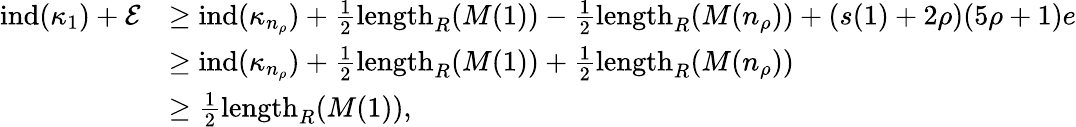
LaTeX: \begin{array}{rl}{\operatorname{ind}(\kappa_{1})+\mathcal{E}}&{\geq\operatorname{ind}(\kappa_{n_{\rho}})+\frac{1}{2}\mathrm{length}_{R}(M(1))-\frac{1}{2}\mathrm{length}_{R}(M(n_{\rho}))+(s(1)+2\rho)(5\rho+1)e}\\ &{\geq\operatorname{ind}(\kappa_{n_{\rho}})+\frac{1}{2}\mathrm{length}_{R}(M(1))+\frac{1}{2}\mathrm{length}_{R}(M(n_{\rho}))}\\ &{\geq\frac{1}{2}\mathrm{length}_{R}(M(1)),}\end{array}